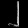
Digit: ၂